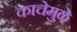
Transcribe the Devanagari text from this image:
काचेमुळे